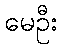
မေဦး